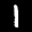
Label: 1